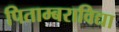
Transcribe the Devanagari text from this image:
पिताम्बराविद्या